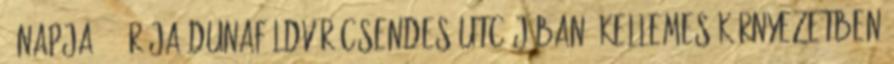
5 napja, 4 órája Dunaföldvár csendes utcájában, kellemes környezetben